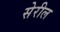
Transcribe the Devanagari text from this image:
सेरील